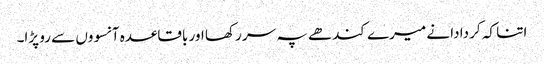
اتنا کہ کر دادا نے میرے کندھے پہ سر رکھا اور باقاعدہ آنسووں سے رو پڑا۔